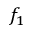
f _ { 1 }